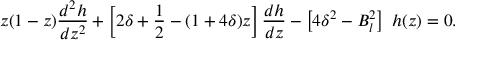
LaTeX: z ( 1 - z ) \frac { d ^ { 2 } h } { d z ^ { 2 } } + \left[ 2 \delta + { \frac { 1 } { 2 } } - ( 1 + 4 \delta ) z \right] \frac { d h } { d z } - \left[ 4 \delta ^ { 2 } - B _ { l } ^ { 2 } \right] ~ h ( z ) = 0 .